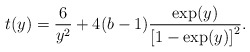
\begin{align*}t(y) = \frac{6}{y^2} + 4(b-1) \frac{\exp(y)}{\left[ 1-\exp(y)\right]^2} .\end{align*}